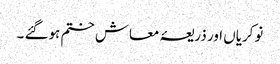
نوکریاں اور ذریعۂ معاش ختم ہوگئے ۔